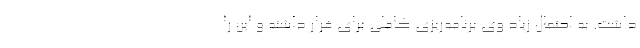
داشت. به احتمال زیاد وی برنامه‌ریزی کاملی برای فرار داشته و این را